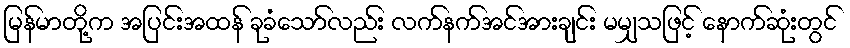
မြန်မာတို့က အပြင်းအထန် ခုခံသော်လည်း လက်နက်အင်အားချင်း မမျှသဖြင့် နောက်ဆုံးတွင်